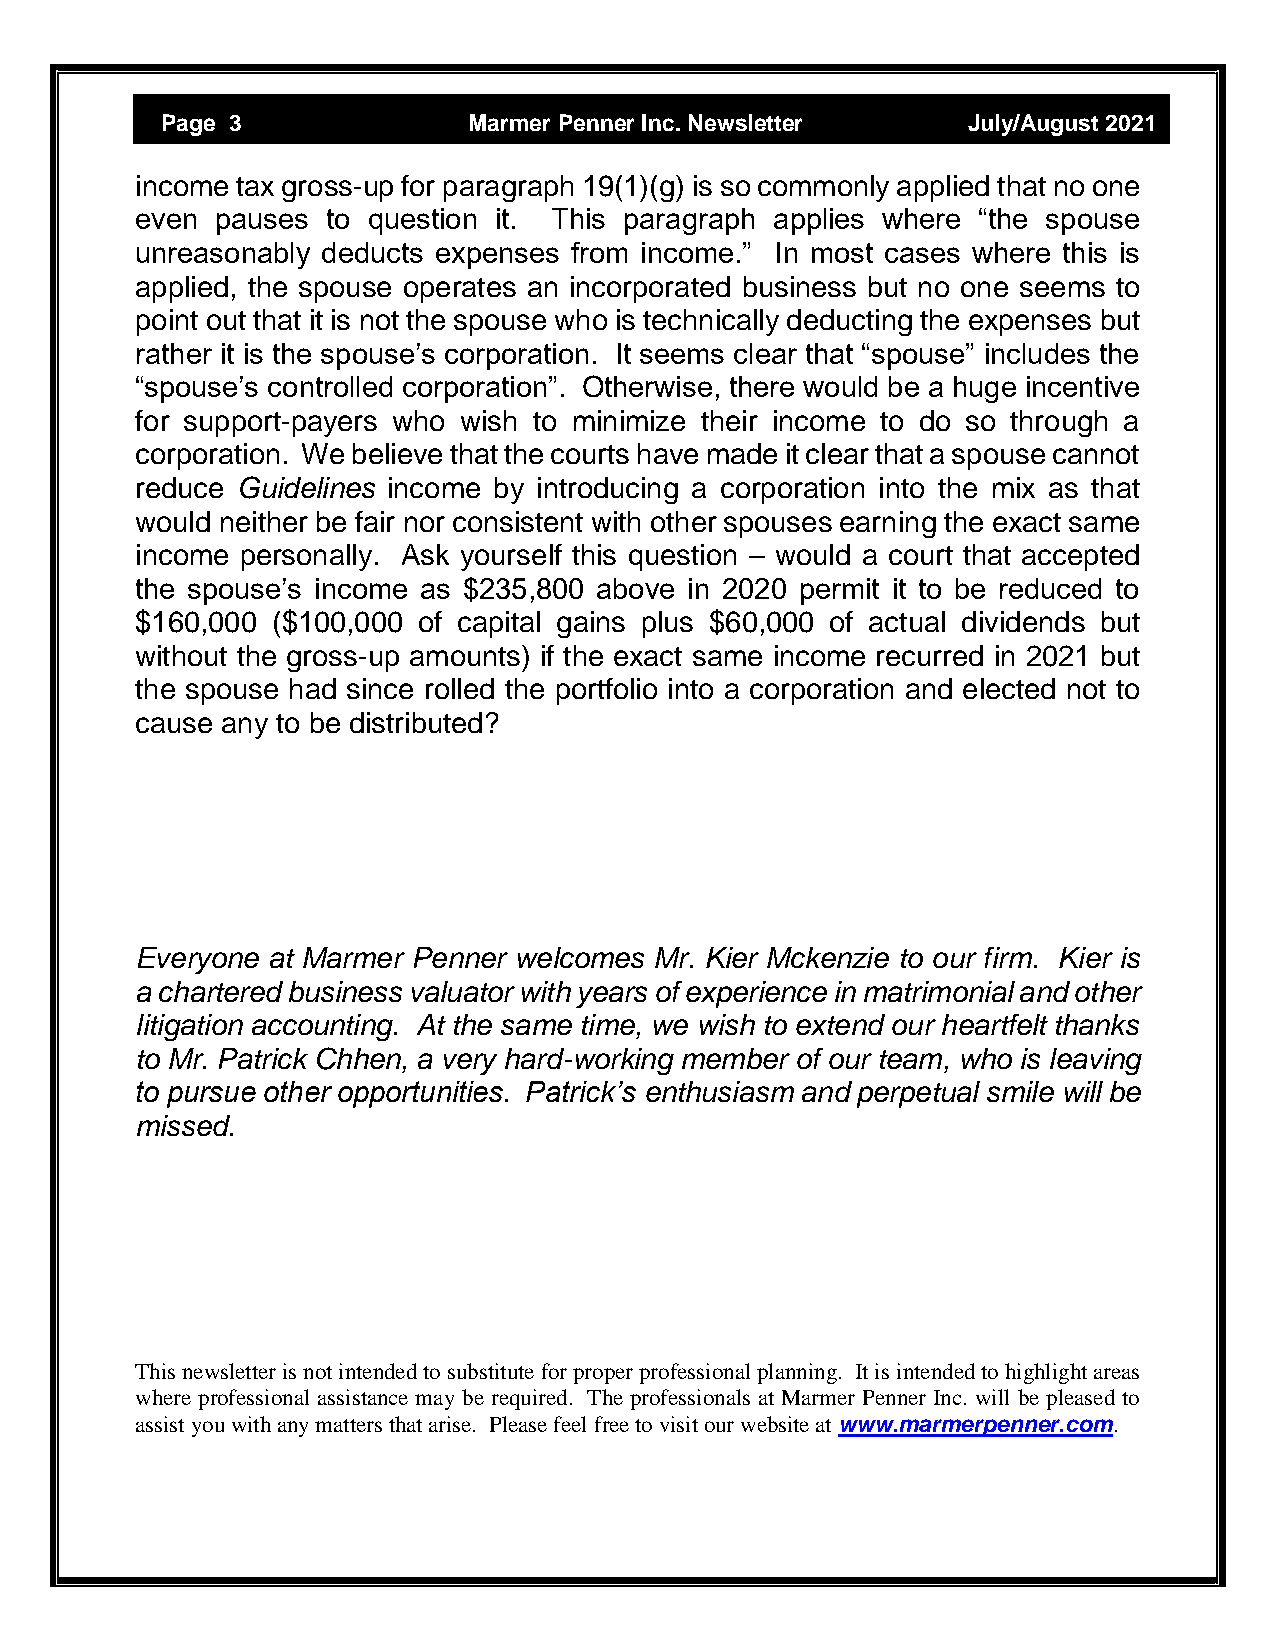
Page 3              Marmer Penner Inc. Newsletter    July/August 2021
 income tax gross-up for paragraph 19(1)(g) is so commonly applied that no one
 even pauses  to question it. This paragraph applies where “the spouse
 unreasonably deducts expenses from income.” In most cases where this is
 applied, the spouse operates an incorporated business but no one seems to
 point out that it is not the spouse who is technically deducting the expenses but
 rather it is the spouse’s corporation. It seems clear that “spouse” includes the
 “spouse’s controlled corporation”. Otherwise, there would be a huge incentive
 for support-payers who wish to minimize their income to do so through a
 corporation. We believe that the courts have made it clear that a spouse cannot
 reduce Guidelines income by introducing a corporation into the mix as that
 would neither be fair nor consistent with other spouses earning the exact same
 income personally. Ask yourself this question – would a court that accepted
 the spouse’s income as $235,800 above in 2020 permit it to be reduced to
 $160,000 ($100,000 of capital gains plus $60,000 of actual dividends but
 without the gross-up amounts) if the exact same income recurred in 2021 but
 the spouse had since rolled the portfolio into a corporation and elected not to
 cause any to be distributed?
 Everyone at Marmer Penner welcomes Mr. Kier Mckenzie to our firm. Kier is
 a chartered business valuator with years of experience in matrimonial and other
 litigation accounting. At the same time, we wish to extend our heartfelt thanks
 to Mr. Patrick Chhen, a very hard-working member of our team, who is leaving
 to pursue other opportunities. Patrick’s enthusiasm and perpetual smile will be
 missed.
 This newsletter is not intended to substitute for proper professional planning. It is intended to highlight areas
 where professional assistance may be required. The professionals at Marmer Penner Inc. will be pleased to
 assist you with any matters that arise. Please feel free to visit our website at www.marmerpenner.com.